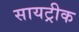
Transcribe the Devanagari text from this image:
सायट्रीक